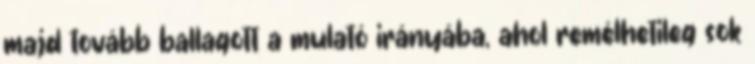
majd tovább ballagott a mulató irányába, ahol remélhetıleg sok